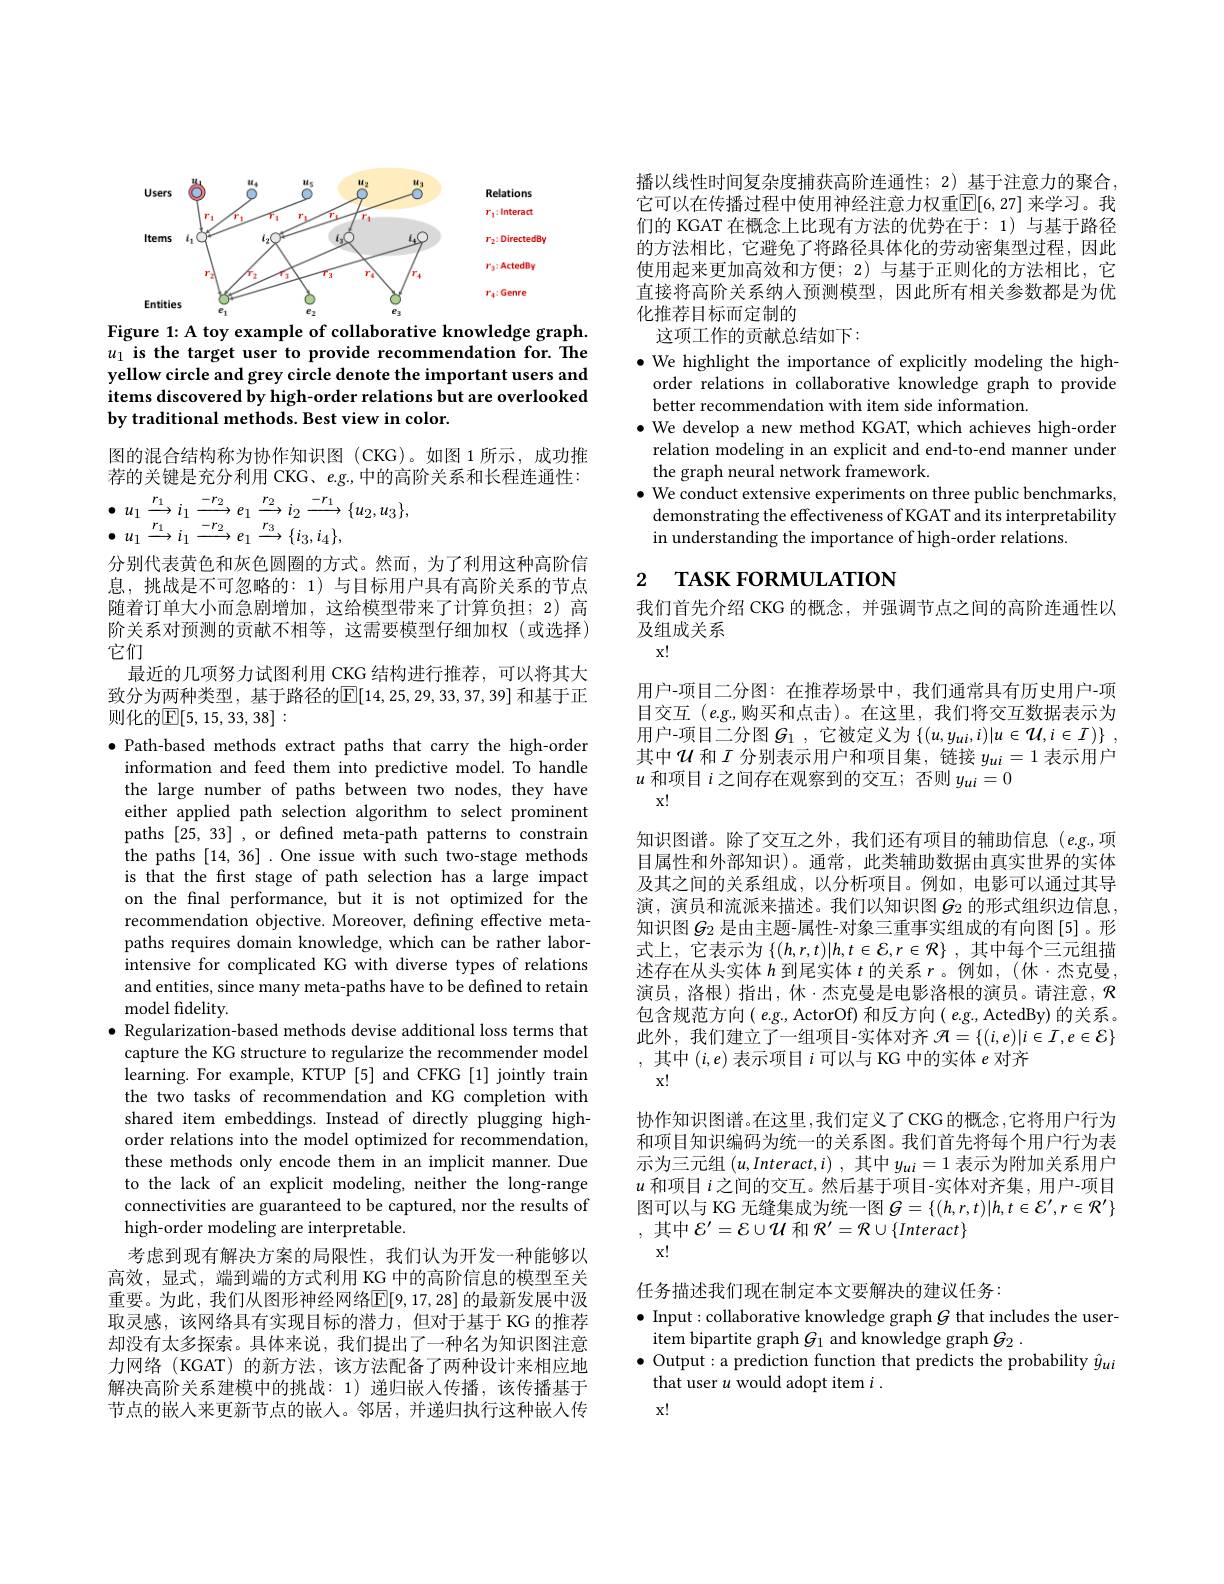
<FigureHere>
Figure 1: A toy example of collaborative knowledge graph.

$u_1$ is the target user to provide recommendation for. The yellow circle and grey circle denote the important users and items discovered by high-order relations but are overlooked by traditional methods. Best view in color.

图的混合结构称为协作知识图(CKG)。如图 1 所示，成功推荐的关键是充分利用 CKG、e.g.,中的高阶关系和长程连通性：
$$\begin{aligned}&\bullet\:u_{1}\xrightarrow{r_{1}}i_{1}\xrightarrow{-r_{2}}e_{1}\xrightarrow{r_{2}}i_{2}\xrightarrow{-r_{1}}\{u_{2},u_{3}\},\\&\bullet\:u_{1}\xrightarrow{r_{1}}i_{1}\xrightarrow{-r_{2}}e_{1}\xrightarrow{r_{3}}\{i_{3},i_{4}\},\end{aligned}$$
分别代表黄色和灰色圆圈的方式。然而，为了利用这种高阶信息，挑战是不可忽略的：1)与目标用户具有高阶关系的节点随着订单大小而急剧增加，这给模型带来了计算负担；2)高阶关系对预测的贡献不相等，这需要模型仔细加权(或选择) 它们
最近的几项努力试图利用 CKG 结构进行推荐，可以将其大致分为两种类型，基于路径的$\mathbb{E}[14,25,29,33,37,39]$ 和基于正则化的$\mathbb{E}[5,15,33,38]:$

$\bullet$ Path-based methods extract paths that carry the high-order
information and feed them into predictive model. To handle the large number of paths between two nodes, they have either applied path selection algorithm to select prominent paths [25,33] ,or defined meta-path patterns to constrain the paths [14,36]. One issue with such two-stage methods is that the frst stage of path selection has a large impact on the fnal performance, but it is not optimized for the recommendation objective. Moreover, defining effective metapaths requires domain knowledge, which can be rather laborintensive for complicated KG with diverse types of relations and entities, since many meta-paths have to be defined to retain model fidelity.
$\bullet$ Regularization-based methods devise additional loss terms that capture the KG structure to regularize the recommender model learning. For example, KTUP [5] and CFKG [1] jointly train the two tasks of recommendation and KG completion with shared item embeddings. Instead of directly plugging highorder relations into the model optimized for recommendation, these methods only encode them in an implicit manner. Due to the lack of an explicit modeling, neither the long-range connectivities are guaranteed to be captured, nor the results of high-order modeling are interpretable.
考虑到现有解决方案的局限性，我们认为开发一种能够以高效，显式，端到端的方式利用 KG 中的高阶信息的模型至关重要。为此，我们从图形神经网络$\mathbb{E}[9,17,28]$ 的最新发展中汲取灵感，该网络具有实现目标的潜力，但对于基于 KG 的推荐却没有太多探索。具体来说，我们提出了一种名为知识图注意力网络 (KGAT) 的新方法，该方法配备了两种设计来相应地解决高阶关系建模中的挑战：1)递归嵌人传播，该传播基于节点的嵌入来更新节点的嵌人。邻居，并递归执行这种嵌入传

播以线性时间复杂度捕获高阶连通性；2) 基于注意力的聚合， 它可以在传播过程中使用神经注意力权重$\mathbb{E}[6,27]$ 来学习。我们的 KGAT 在概念上比现有方法的优势在于：1)与基于路径的方法相比，它避免了将路径具体化的劳动密集型过程，因此使用起来更加高效和方便；2) 与基于正则化的方法相比，它直接将高阶关系纳人预测模型，因此所有相关参数都是为优化推荐目标而定制的
这项工作的贡献总结如下：
$\bullet$ We highlight the importance of explicitly modeling the highorder relations in collaborative knowledge graph to provide better recommendation with item side information.
$\bullet$ We develop a new method KGAT, which achieves high-order
relation modeling in an explicit and end-to-end manner under
the graph neural network framework.
$\bullet$ We conduct extensive experiments on three public benchmarks,
demonstrating the effectiveness of KGAT and its interpretability
in understanding the importance of high-order relations

## 2 TASK FORMULATION

我们首先介绍 CKG 的概念，并强调节点之间的高阶连通性以
及组成关系
$x!$

用户-项目二分图：在推荐场景中，我们通常具有历史用户-项目交互$(e.$g,购买和点击)。在这里，我们将交互数据表示为用户-项目二分图$G_1$ ,它被定义为 $\{(u,y_{ui},i)|u\in\mathcal{U},i\in I)\}~$, 其中$\mathcal{U}$ 和$I$ 分别表示用户和项目集，链接 $y_{ui}=1$ 表示用户$u$和项目$i$之间存在观察到的交互；否则$y_{ui}=0$
$x!$

知识图谱。除了交互之外，我们还有项目的辅助信息$(e.g.$项目属性和外部知识)。通常，此类辅助数据由真实世界的实体及其之间的关系组成，以分析项目。例如，电影可以通过其导演，演员和流派来描述。我们以知识图$G_{2}$ 的形式组织边信息知识图$G_{2}$ 是由主题-属性-对象三重事实组成的有向图[5]。形式上，它表示为$\left\{(h,r,t)|h,t\in\mathcal{E},r\in\mathcal{R}\right\}$,其中每个三元组描述存在从头实体$h$到尾实体$t$的关系$r$ 。例如，(休·杰克曼， 演员，洛根)指出，休·杰克曼是电影洛根的演员。请注意，$\mathcal{R}$ 包含规范方向( $e.$g., ActorOf) 和反方向( e.g., ActedBy) 的关系。此外，我们建立了一组项目-实体对齐$\mathcal{H}=\{(i,e)|i\in\mathcal{I},e\in\mathcal{E}\}$ ,其中$(i,e)$表示项目$i$可以与 KG 中的实体$e$对齐
$x!$
协作知识图谱。在这里，我们定义了CKG 的概念 ,它将用户行为和项目知识编码为统一的关系图。我们首先将每个用户行为表示为三元组$( u, Interact, i)$ ,其中$y_ui=1$表示为附加关系用户$u$和项目$i$之间的交互。然后基于项目-实体对齐集，用户-项目图可以与 KG 无缝集成为统一图$G=\{(h,r,t)|h,t\in\mathcal{E}^\prime,r\in\mathcal{R}^\prime\}$ ,其中$\mathcal{E}^\prime=\mathcal{E}\cup\mathcal{U}$和$\mathcal{R}^\prime=\mathcal{R}\cup\{Interact\}$

$x!$

任务描述我们现在制定本文要解决的建议任务：
$\bullet$ Input: collaborative knowledge graph $G$ that includes the user-
item bipartite graph $G_1$ and knowledge graph $G_2.$
$\bullet$ Output: a prediction function that predicts the probability $\hat{y}_{ui}$
that user $u$ would adopt item $i.$

$x!$